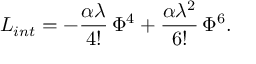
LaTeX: L _ { i n t } = - \frac { \alpha \lambda } { 4 ! } \, \Phi ^ { 4 } + \frac { \alpha \lambda ^ { 2 } } { 6 ! } \, \Phi ^ { 6 } .